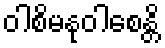
ဝါစိမနုဝါစေန္တိ